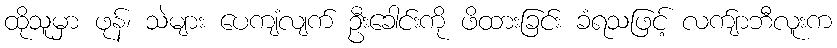
ထိုသူမှာ ဖုန်၊ သဲများ ပေကျံလျက် ဦးခေါင်းကို ဖိထားခြင်း ခံရသဖြင့် လက်ျာဘီလူးက